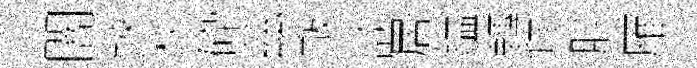
闇鋏桃砕茲黻談居鎰轉拜肸雁